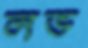
লভ